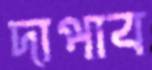
দাপাব